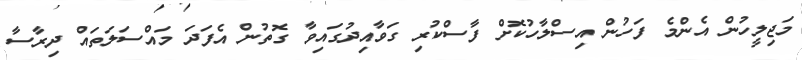
މަޖިލީހުން އެންމެ ފަހުން އިސްލާހުކޮށް ފާސްކުރި ގަވާއިދުގައިވާ ގޮތުން އެފަދަ މައްސަލަތައް ދިރާސާ